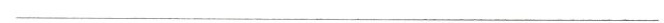
___